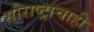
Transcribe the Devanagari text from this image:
सौराष्ट्राचाही